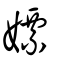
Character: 嫖